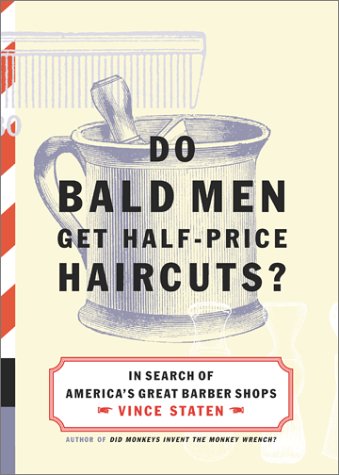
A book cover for Do Bald Men Get Half-Price Haircuts?: In Search of America's Great Barbershops; Vince Staten; Health, Fitness & Dieting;